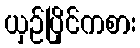
ယှဉ်ပြိုင်ကစား